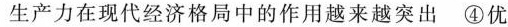
生产力在现代经济格局中的作用越来越突出④优